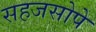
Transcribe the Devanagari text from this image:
सहजसोपे